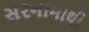
સરનામાથી